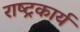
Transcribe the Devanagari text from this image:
राष्ट्रकार्य